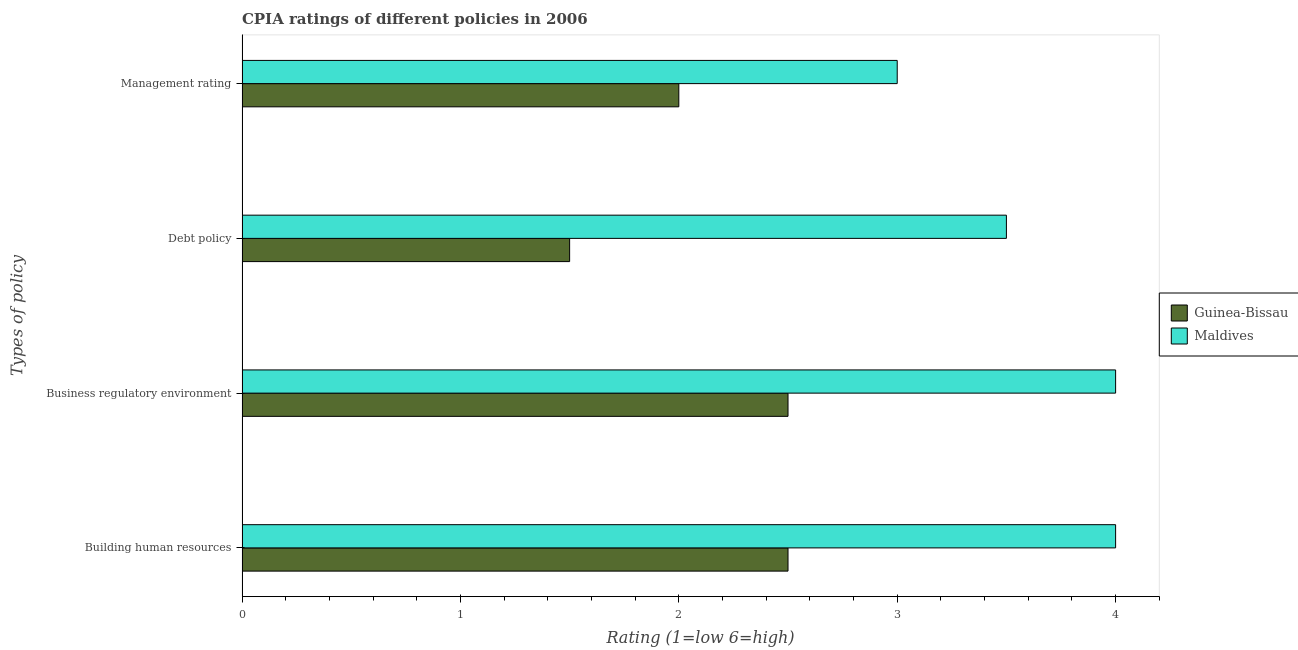
| Types of policy | Guinea-Bissau | Maldives |
 | --- | --- | --- |
 | Building human resources | 2.5 | 4 |
 | Business regulatory environment | 2.5 | 4 |
 | Debt policy | 1.5 | 3.5 |
 | Management rating | 2 | 3 |